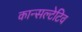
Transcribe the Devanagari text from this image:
कान्सल्टेटिव